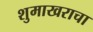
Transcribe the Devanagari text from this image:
शुमाखराचा